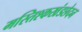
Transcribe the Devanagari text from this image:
मस्तिश्कखंडछेदन